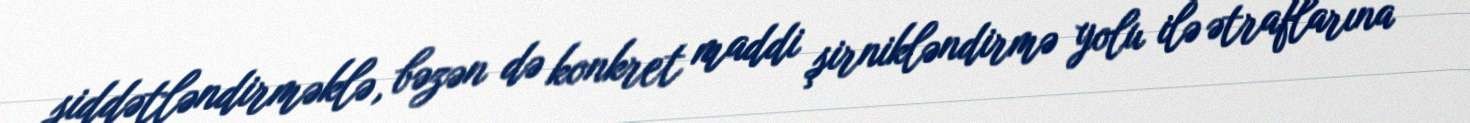
şiddətləndirməklə, bəzən də konkret maddi şirnikləndirmə yolu ilə ətraflarına